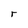
Character: r